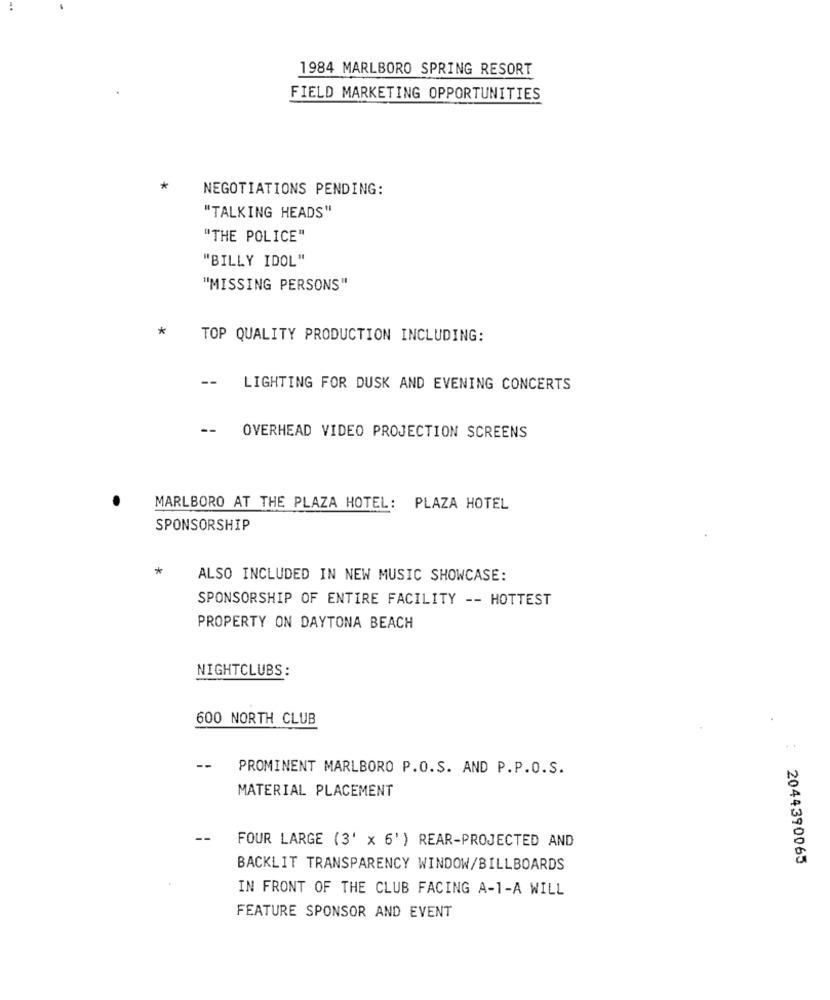
1984 MARLBORO SPRING RESORT
FIELD MARKETING OPPORTUNITIES
*
NEGOTIATIONS PENDING:
"TALKING HEADS"
"THE POLICE"
"BILLY IDOL"
"MISSING PERSONS"
*
TOP QUALITY PRODUCTION INCLUDING:
--
LIGHTING FOR DUSK AND EVENING CONCERTS
--
OVERHEAD VIDEO PROJECTION SCREENS
MARLBORO AT THE PLAZA HOTEL: PLAZA HOTEL
SPONSORSHIP
*
ALSO INCLUDED IN NEW MUSIC SHOWCASE:
SPONSORSHIP OF ENTIRE FACILITY -- HOTTEST
PROPERTY ON DAYTONA BEACH
NIGHTCLUBS:
600 NORTH CLUB
..
--
PROMINENT MARLBORO P.O.S. AND P.P.O.S.
MATERIAL PLACEMENT
FOUR LARGE (3' × 6' ) REAR-PROJECTED AND
2044390065
BACKLIT TRANSPARENCY WINDOW/BILLBOARDS
IN FRONT OF THE CLUB FACING A-1-A WILL
FEATURE SPONSOR AND EVENT